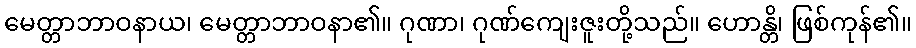
မေတ္တာဘာဝနာယ၊ မေတ္တာဘာဝနာ၏။ ဂုဏာ၊ ဂုဏ်ကျေးဇူးတို့သည်။ ဟောန္တိ၊ ဖြစ်ကုန်၏။